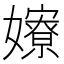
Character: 𡣲